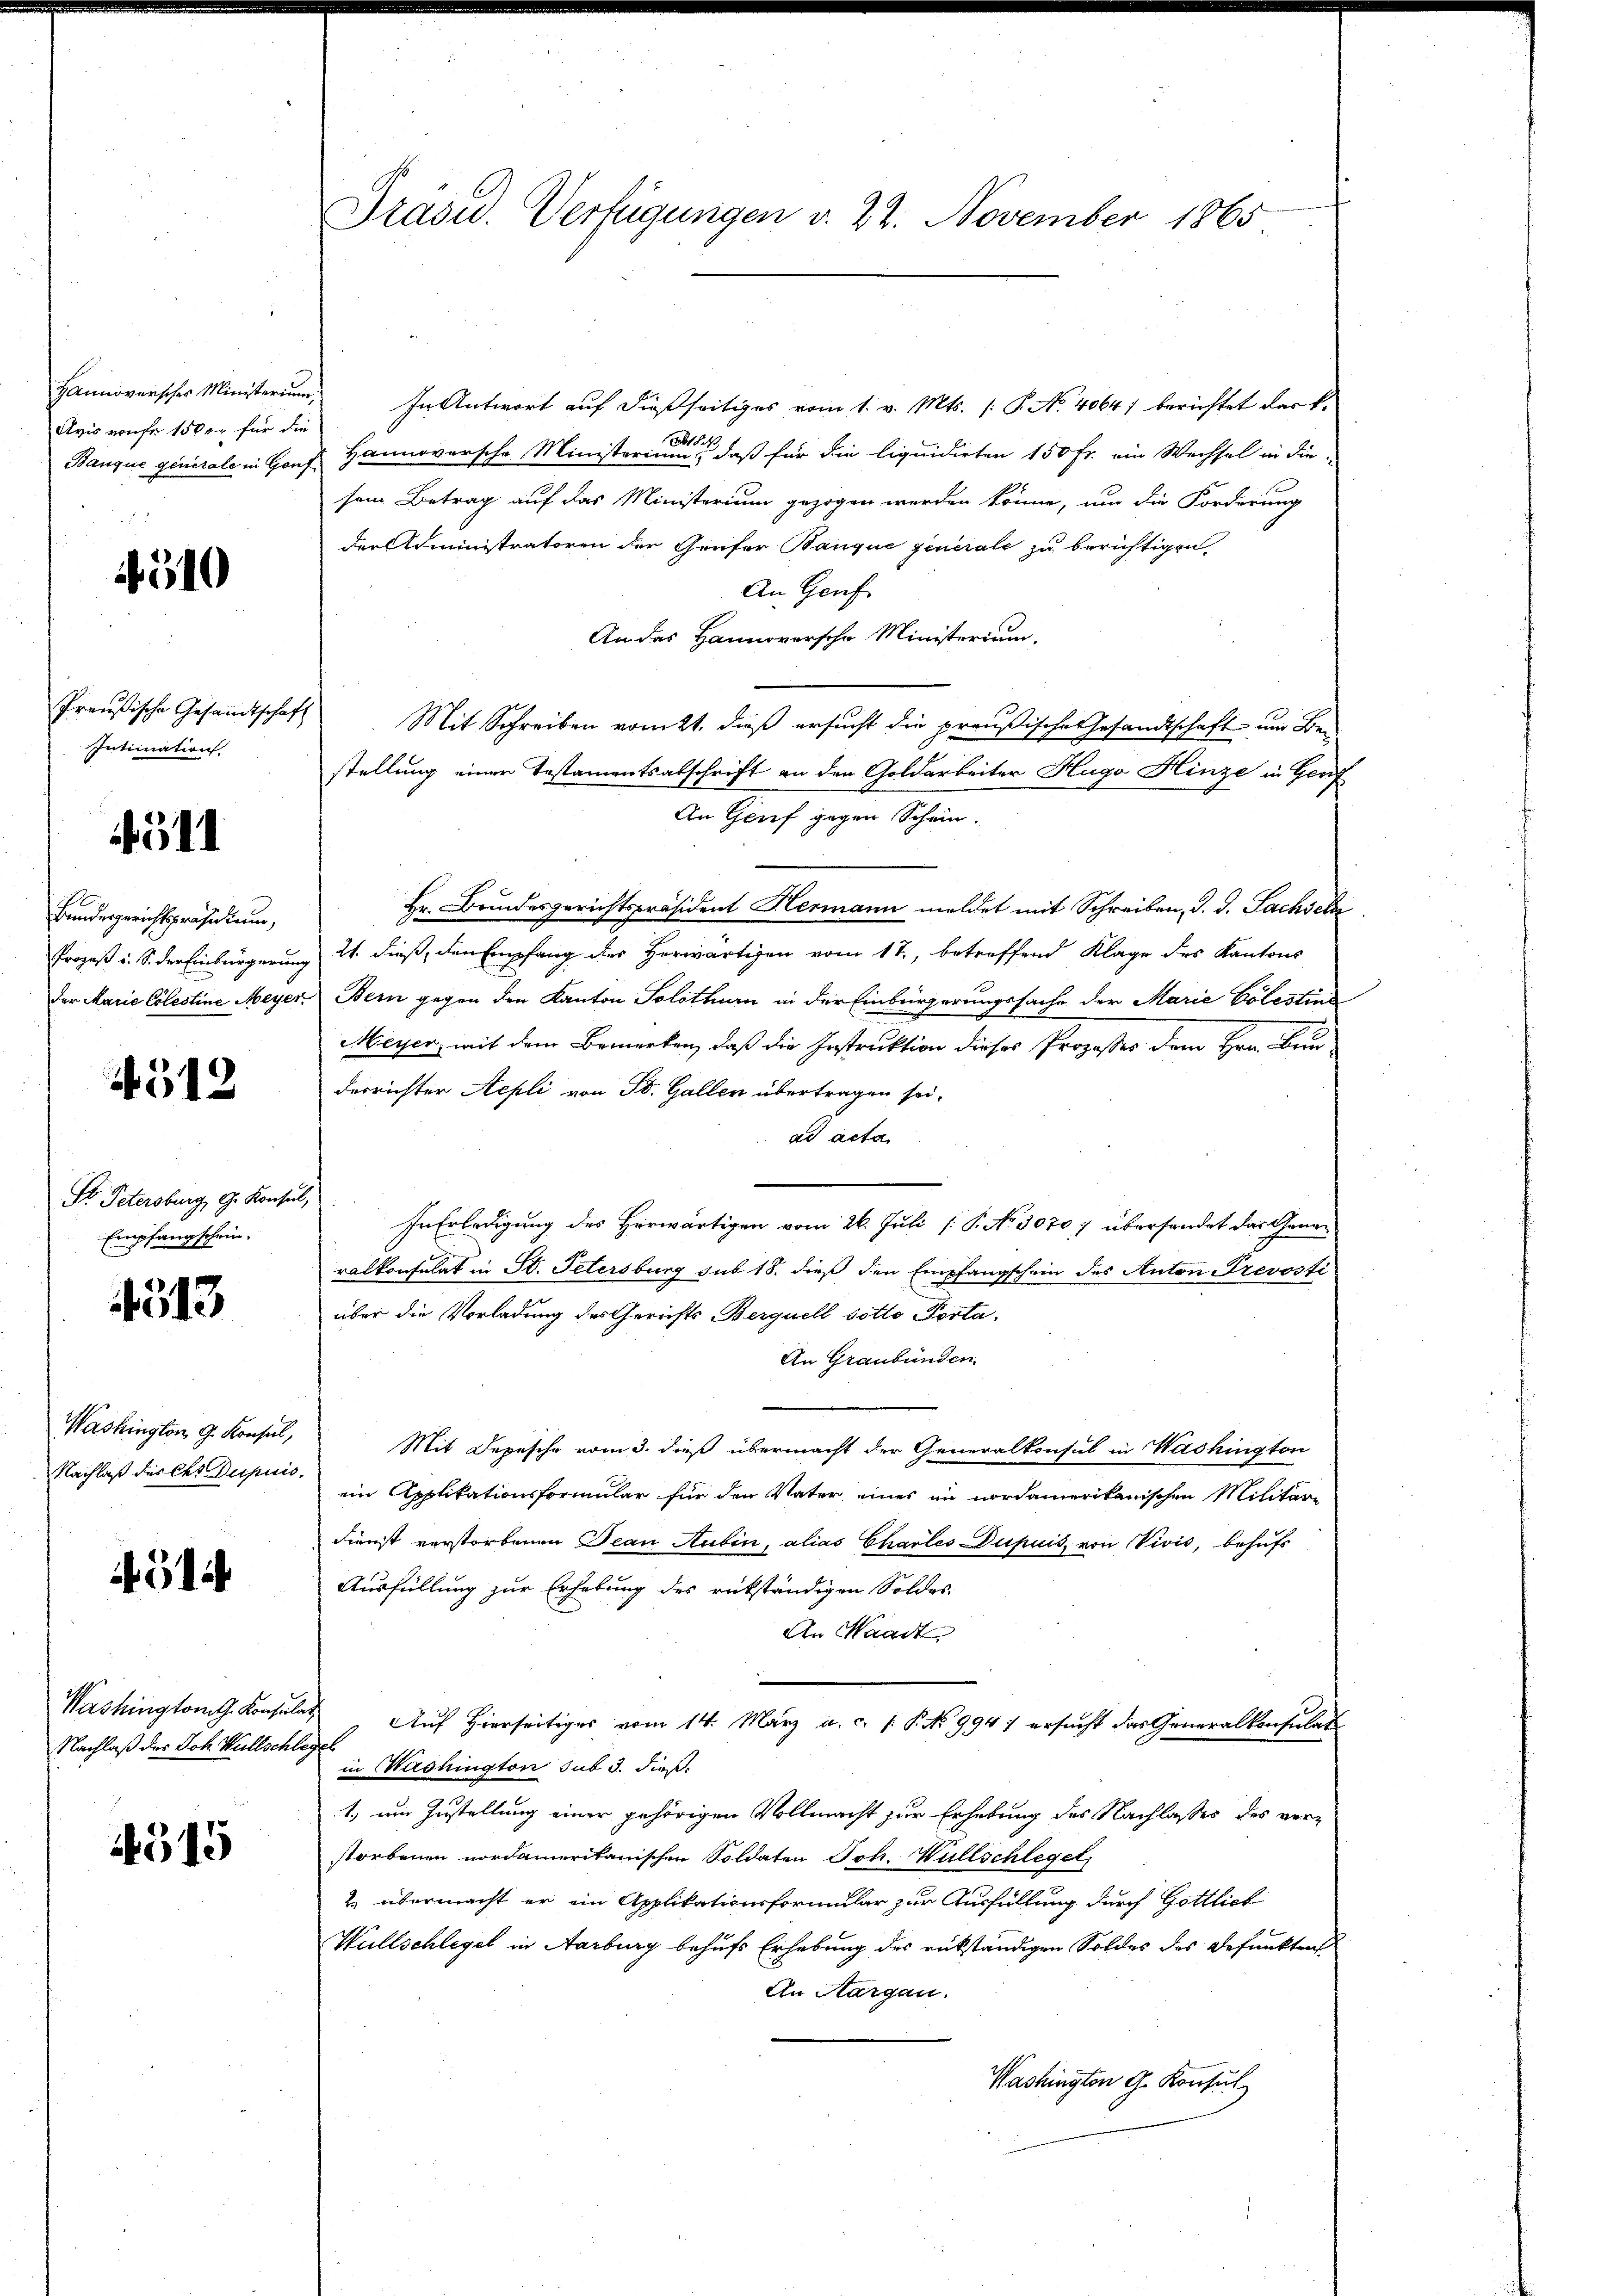
Avis auf 1500 für die

510

Preußische Gesandtschaft
Intimation

51

Bundesgerichtspräsidium,

512

Pr. Petersburg, G. Konsul,
Empfangschrie-

4513

Washington G. Konsul,
Nachlaß des les Dupuis.

Nachlaß des Joh. Wüllschlegel

515

Präsid. Verfügungen d. 22. November 1865

Hannoverscher Ministerium. In Antwort auf dießseitiges vom 1. v. Mts. (: P. No. 4064) berichtet dark.
Banque generale in Hof Hannoversche Ministerium, daß für die liquidirten 150 fr. ein Wechsel in die-
sein Betrag auf das Ministerium gezogen werden könne, um die Forderung
der Administratoren der Grufer Banque generale zu berichtigen
An Genf
An das Hannoversche Ministerium.
Mit Schreiben vom 21. dieß ersucht die preußische Gesandtschaft und Be-
stellung einer Testamentsabschrift an den Goldarbeiter Huga Hinze in Genf
An Genf gegen Schein.
Hr. Bundesgerichtspräsident Hermann meldet mit Schreiben, d. d. Sachsel
Prozeß u. S. der Einbürgerung 21. dieß, den Empfang des Herwärtigen vom 17., betreffend Klage des Kantons
der Marie Cölestine Meyer Bern gegen den Kanton Solothurn in der Einbürgerungssache der Marie Cölestin
Meyer, mit dem Bemerken, daß die Instruktion dieses Prozesses dem Hrn. Bur-
derrichter Aepli von St. Gallen übertragen sei.
ad acta
In Erledigung des Herwärtigen vom 26. Juli [ P. No 3070; übersendet das Generalkonsulat in St. Petersburg sub 18. dieß den Empfangschein des Anton Prevosti
über die Vorladung des Gerichts Berquell sotto Porta¬
An Graubünden.
Mit Depesche vom 3. dieß übermacht der Generalkonsul in Washington
ein Applikationsformular für den Vater eines in nordamerikanischen Militär
dienst verstorbenen Decan Rubin, alias Charles Dupuis von Vivis, behufs
Ausfüllung zur Erhebung des rükständigen Soldes
An Waadt
Washington Konsula Auf Hierseitiges vom 14. März a.c. s. S. 9947 ersucht das Generalkonsulat
in Washington sub 3. dießt, um Zustellung einer gehörigen Vollmacht zur Erhebung des Nachlasses des verstorbenen nordamerikanischen Soldaten Joh. Wüllschlegel
2 übermacht er ein Applikationsformular zur Ausfüllung durch Gottlich
Wüllschlegel in Aarburg behufs Erhebung des rükständigen Soldes des Befunktens
An Aargau.
Washington G. Konsul